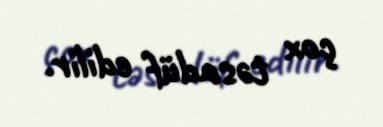
çox təsadüf edilir.